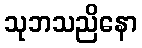
သုဘသညိနော